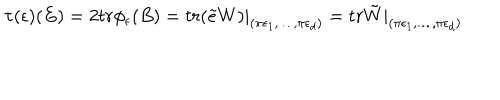
\tau ( \epsilon ) ( E ) = 2 t r \phi _ { \epsilon } ( B ) = t r ( \tilde { e } W ) | _ { ( \pi \epsilon _ { 1 } , \dots , \pi \epsilon _ { d } ) } = t r \tilde { W } | _ { ( \pi \epsilon _ { 1 } , \dots , \pi \epsilon _ { d } ) }